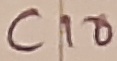
Text: C10